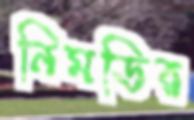
নিমডির